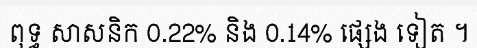
ពុទ្ធ សាសនិក 0.22% និង 0.14% ផ្សេង ទៀត ។